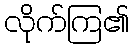
လိုက်ကြ၏